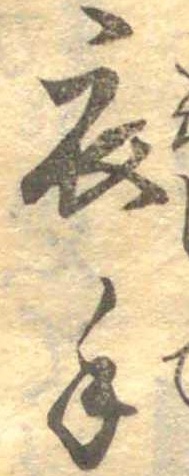
衣手